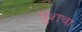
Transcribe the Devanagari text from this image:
बुशचा